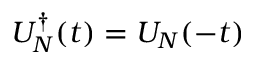
U _ { N } ^ { \dagger } ( t ) = U _ { N } ( - t )